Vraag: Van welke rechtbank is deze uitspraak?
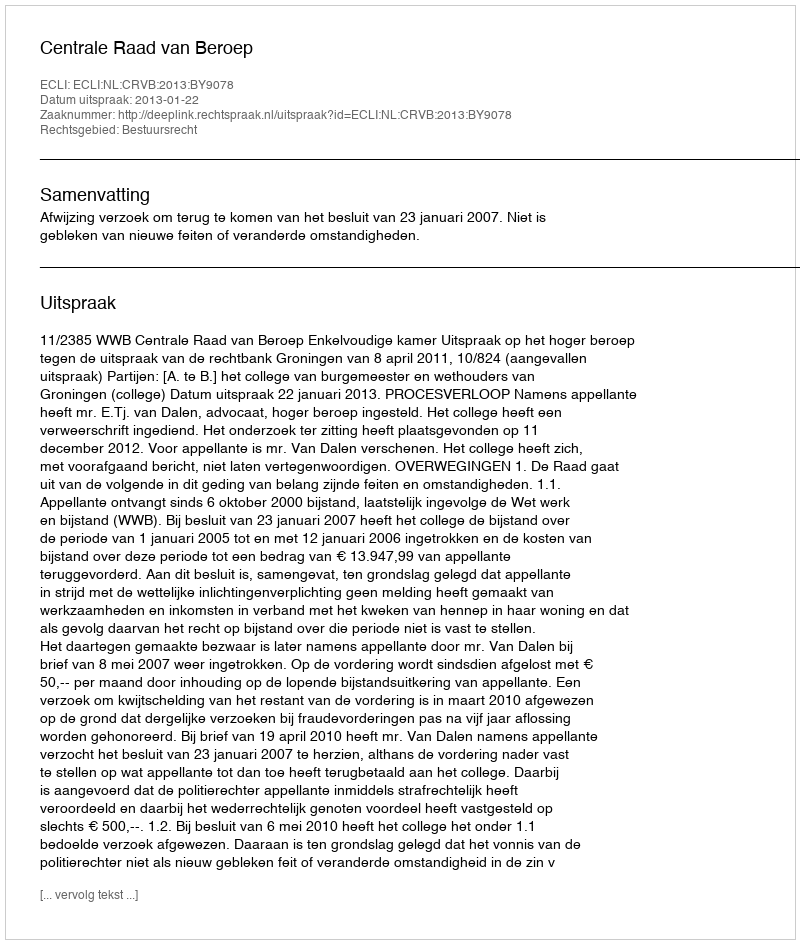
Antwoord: Centrale Raad van Beroep